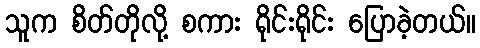
သူက စိတ်တိုလို့ စကား ရိုင်းရိုင်း ပြောခဲ့တယ်။